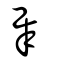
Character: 犀